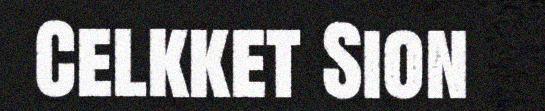
Celkket Sion